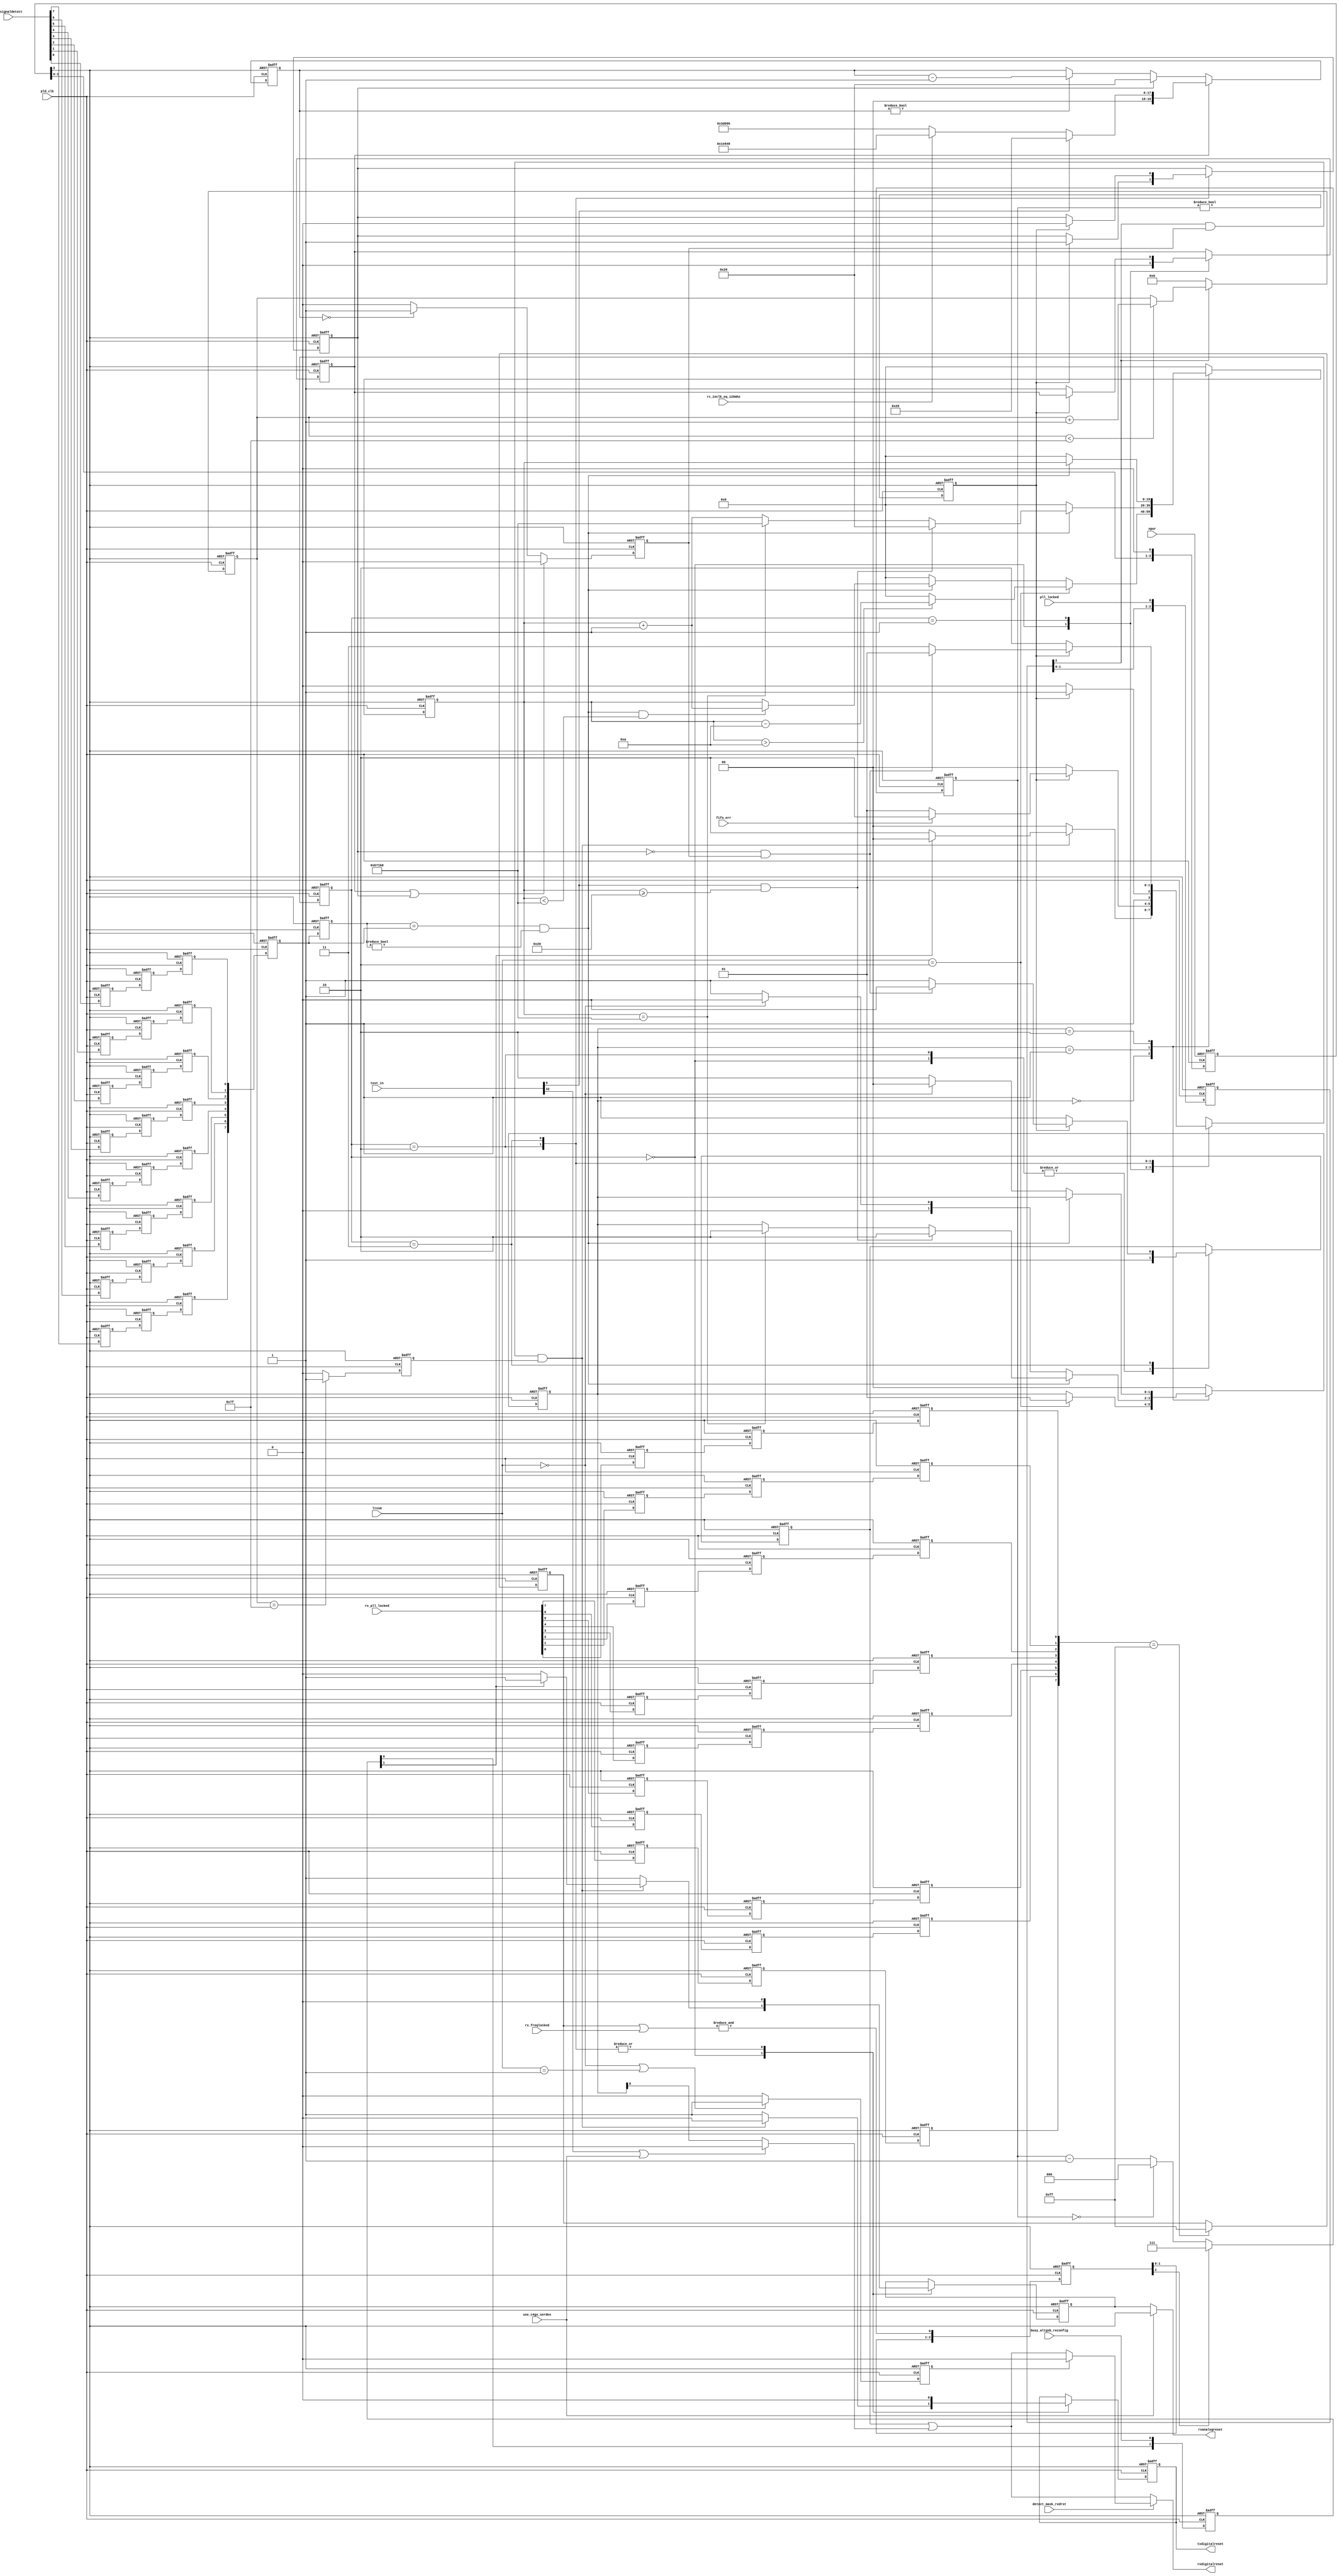
// (C) 2001-2014 Altera Corporation. All rights reserved.
// Your use of Altera Corporation's design tools, logic functions and other 
// software and tools, and its AMPP partner logic functions, and any output 
// files any of the foregoing (including device programming or simulation 
// files), and any associated documentation or information are expressly subject 
// to the terms and conditions of the Altera Program License Subscription 
// Agreement, Altera MegaCore Function License Agreement, or other applicable 
// license agreement, including, without limitation, that your use is for the 
// sole purpose of programming logic devices manufactured by Altera and sold by 
// Altera or its authorized distributors.  Please refer to the applicable 
// agreement for further details.


//Copyright (C) 1991-2010 Altera Corporation
//Your use of Altera Corporation's design tools, logic functions
//and other software and tools, and its AMPP partner logic
//functions, and any output files from any of the foregoing
//(including device programming or simulation files), and any
//associated documentation or information are expressly subject
//to the terms and conditions of the Altera Program License
//Subscription Agreement, Altera MegaCore Function License
//Agreement, or other applicable license agreement, including,
//without limitation, that your use is for the sole purpose of
//programming logic devices manufactured by Altera and sold by
//Altera or its authorized distributors.  Please refer to the
//applicable agreement for further details.
//
//
//synopsys translate_off
`timescale 1 ps / 1 ps
//synopsys translate_on

module altpcie_rs_serdes (
   input pld_clk,
   input [39:0]   test_in,
   input [4:0]    ltssm,
   input npor,
   input pll_locked,
   input busy_altgxb_reconfig,
   input [7:0] rx_pll_locked,
   input [7:0] rx_freqlocked,
   input [7:0] rx_signaldetect,
   input use_c4gx_serdes,
   input fifo_err,
   input rc_inclk_eq_125mhz,
   input detect_mask_rxdrst,

   output txdigitalreset,
   output rxanalogreset,
   output rxdigitalreset
);

   localparam [19:0] WS_SIM = 20'h00020;
   localparam [19:0] WS_1MS_10000 = 20'h186a0;
   localparam [19:0] WS_1MS_12500 = 20'h1e848;
   localparam [19:0] WS_1MS_15625 = 20'h2625a;
   localparam [19:0] WS_1MS_25000 = 20'h3d090;

   localparam [1:0] STROBE_TXPLL_LOCKED_SD_CNT = 2'b00;
   localparam [1:0] IDLE_ST_CNT                = 2'b01;
   localparam [1:0] STABLE_TX_PLL_ST_CNT       = 2'b10;
   localparam [1:0] WAIT_STATE_ST_CNT          = 2'b11;

   localparam [1:0] IDLE_ST_SD = 2'b00;
   localparam [1:0] RSET_ST_SD = 2'b01;
   localparam [1:0] DONE_ST_SD = 2'b10;
   localparam [1:0] DFLT_ST_SD = 2'b11;

   localparam [4:0] LTSSM_POL = 5'b00010;
   localparam [4:0] LTSSM_DET = 5'b00000;

   genvar i;

   // Reset
   wire arst;
   reg [2:0] arst_r;

   // Test
   wire test_sim;             // When 1 simulation mode
   wire test_cbb_compliance;  // When 1 DUT is under PCIe Compliance board test mode

   (* syn_encoding = "user" *) reg  [1:0] serdes_rst_state;
   reg [19:0] waitstate_timer;

   reg txdigitalreset_r;
   reg rxanalogreset_r;
   reg rxdigitalreset_r;
   reg ws_tmr_eq_0;
   reg ld_ws_tmr;
   reg ld_ws_tmr_short;
   wire rx_pll_freq_locked;
   reg [7:0] rx_pll_locked_sync_r;
   reg [2:0] rx_pll_freq_locked_cnt  ;
   reg       rx_pll_freq_locked_sync_r  ;
   reg [1:0] busy_altgxb_reconfig_r;
   wire pll_locked_sync;
   reg [2:0] pll_locked_r;
   reg [6:0] pll_locked_cnt;
   reg       pll_locked_stable;

   wire rx_pll_freq_locked_sync;
   reg [2:0] rx_pll_freq_locked_r;

   wire [7:0] rx_pll_locked_sync;
   reg  [7:0] rx_pll_locked_r;
   reg  [7:0] rx_pll_locked_rr;
   reg  [7:0] rx_pll_locked_rrr;

   wire [7:0] rx_signaldetect_sync;
   reg  [7:0] rx_signaldetect_r;
   reg  [7:0] rx_signaldetect_rr;
   reg  [7:0] rx_signaldetect_rrr;

   reg ltssm_detect; // when 1 , the LTSSM is in detect state

   reg [7:0] rx_sd_strb0;
   reg [7:0] rx_sd_strb1;
   wire stable_sd;
   wire rst_rxpcs_sd;
   (* syn_encoding = "user" *) reg [1:0]    sd_state; //State machine for rx_signaldetect strobing;
   reg [ 19: 0] rx_sd_idl_cnt;

   assign test_sim            =test_in[0];
   assign test_cbb_compliance =test_in[32];

   // SERDES reset outputs
   assign txdigitalreset = txdigitalreset_r ;
   assign rxanalogreset  = (use_c4gx_serdes==1'b1)?arst:rxanalogreset_r  ;
   assign rxdigitalreset = (detect_mask_rxdrst==1'b0)?rxdigitalreset_r|rst_rxpcs_sd:(ltssm_detect==1'b1)?1'b0:rxdigitalreset_r | rst_rxpcs_sd;

   //npor Reset Synchronizer on pld_clk
   always @(posedge pld_clk or negedge npor) begin
      if (npor == 1'b0) begin
         arst_r[2:0] <= 3'b111;
      end
      else begin
         arst_r[2:0] <= {arst_r[1],arst_r[0],1'b0};
      end
   end
   assign arst = arst_r[2];

   // Synchronize pll_lock,rx_pll_freq_locked to pld_clk
   // using 3 level sync circuit
   assign rx_pll_freq_locked = &(rx_pll_locked_sync_r[7:0] | rx_freqlocked[7:0] );
   always @(posedge pld_clk or posedge arst) begin
      if (arst == 1'b1) begin
         pll_locked_r[2:0]          <= 3'b000;
         rx_pll_freq_locked_r[2:0]  <= 3'b000;
      end
      else begin
         pll_locked_r[2:0]          <= {pll_locked_r[1],pll_locked_r[0],pll_locked};
         rx_pll_freq_locked_r[2:0]  <= {rx_pll_freq_locked_r[1],rx_pll_freq_locked_r[0],rx_pll_freq_locked};
      end
   end
   assign pll_locked_sync           = pll_locked_r[2];
   assign rx_pll_freq_locked_sync   = rx_pll_freq_locked_r[2];

   // Synchronize rx_pll_locked[7:0],rx_signaldetect[7:0] to pld_clk
   // using 3 level sync circuit
   generate
      for (i=0;i<8;i=i+1) begin : g_rx_pll_locked_sync
         always @(posedge pld_clk or posedge arst) begin
            if (arst == 1'b1) begin
               rx_pll_locked_r[i]      <= 1'b0;
               rx_pll_locked_rr[i]     <= 1'b0;
               rx_pll_locked_rrr[i]    <= 1'b0;

               rx_signaldetect_r[i]    <= 1'b0;
               rx_signaldetect_rr[i]   <= 1'b0;
               rx_signaldetect_rrr[i]  <= 1'b0;
            end
            else begin
               rx_pll_locked_r[i]      <= rx_pll_locked[i];
               rx_pll_locked_rr[i]     <= rx_pll_locked_r[i];
               rx_pll_locked_rrr[i]    <= rx_pll_locked_rr[i];

               rx_signaldetect_r[i]    <= rx_signaldetect[i];
               rx_signaldetect_rr[i]   <= rx_signaldetect_r[i];
               rx_signaldetect_rrr[i]  <= rx_signaldetect_rr[i];
            end
         end
         assign rx_pll_locked_sync[i]   = rx_pll_locked_rrr[i];
         assign rx_signaldetect_sync[i] = rx_signaldetect_rrr[i];
      end
   endgenerate

   always @(posedge pld_clk or posedge arst)
   begin
      if (arst == 1'b1) begin
         txdigitalreset_r              <= 1'b1 ;
         rxanalogreset_r               <= 1'b1 ;
         rxdigitalreset_r              <= 1'b1 ;
         waitstate_timer               <= 20'hFFFFF ;
         serdes_rst_state              <= STROBE_TXPLL_LOCKED_SD_CNT ;
         ws_tmr_eq_0                   <= 1'b0 ;
         ld_ws_tmr                     <= 1'b1 ;
         ld_ws_tmr_short               <= 1'b0 ;
         rx_pll_freq_locked_cnt        <= 3'h0;
         rx_pll_freq_locked_sync_r     <= 1'b0;
         rx_pll_locked_sync_r          <= 8'h00;
         busy_altgxb_reconfig_r[1:0]   <= 2'b11;
         pll_locked_cnt                <= 7'h0;
         pll_locked_stable             <= 1'b0;
         ltssm_detect                  <= 1'b1;
      end
      else begin
         if ((ltssm==5'h0)||(ltssm==5'h1)) begin
            ltssm_detect    <= 1'b1;
         end
         else begin
            ltssm_detect    <= 1'b0;
         end
         if ( rx_pll_locked_sync[7:0]==8'hFF ) begin
            rx_pll_locked_sync_r   <= 8'hFF;
         end
         // add hysteresis for losing lock
         if (rx_pll_freq_locked_sync == 1'b1) begin
           rx_pll_freq_locked_cnt <= 3'h7;
         end
         else if (rx_pll_freq_locked_cnt == 3'h0) begin
           rx_pll_freq_locked_cnt <= 3'h0;
         end
         else if (rx_pll_freq_locked_sync == 1'b0) begin
           rx_pll_freq_locked_cnt <= rx_pll_freq_locked_cnt - 3'h1;
         end
         rx_pll_freq_locked_sync_r <= (rx_pll_freq_locked_cnt != 3'h0);
         busy_altgxb_reconfig_r[1] <= busy_altgxb_reconfig_r[0];
         busy_altgxb_reconfig_r[0] <= busy_altgxb_reconfig;

         if (pll_locked_sync==1'b0) begin
            pll_locked_cnt <= 7'h0;
         end
         else if (pll_locked_cnt < 7'h7F) begin
            pll_locked_cnt <= pll_locked_cnt+7'h1;
         end
         pll_locked_stable <= (pll_locked_cnt==7'h7F)?1'b1:1'b0;

         if (ld_ws_tmr == 1'b1) begin
            if (test_sim == 1'b1) begin
               waitstate_timer <= WS_SIM ;
            end
            else if (rc_inclk_eq_125mhz == 1'b1) begin
              waitstate_timer <= WS_1MS_12500 ;
            end
            else begin
              waitstate_timer <= WS_1MS_25000 ;
            end
         end
         else if (ld_ws_tmr_short == 1'b1) begin
            waitstate_timer <= WS_SIM ;
         end
         else if (waitstate_timer != 20'h00000) begin
            waitstate_timer <= waitstate_timer - 20'h1 ;
         end

         if (ld_ws_tmr == 1'b1 | ld_ws_tmr_short) begin
            ws_tmr_eq_0 <= 1'b0 ;
         end
         else if (waitstate_timer == 20'h00000) begin
            ws_tmr_eq_0 <= 1'b1 ;
         end
         else begin
            ws_tmr_eq_0 <= 1'b0 ;
         end

         case (serdes_rst_state)
            STROBE_TXPLL_LOCKED_SD_CNT : begin
               ld_ws_tmr <= 1'b0 ;
               if ((pll_locked_sync == 1'b1) && (ws_tmr_eq_0 == 1'b1) && (pll_locked_stable==1'b1)) begin
                  serdes_rst_state      <= (busy_altgxb_reconfig_r[1]==1'b1)?STROBE_TXPLL_LOCKED_SD_CNT:STABLE_TX_PLL_ST_CNT ;
                  txdigitalreset_r <= 1'b0 ;
                  rxanalogreset_r  <= (busy_altgxb_reconfig_r[1]==1'b1)?1'b1:1'b0;
                  rxdigitalreset_r <= 1'b1 ;
               end
               else begin
                  serdes_rst_state      <= STROBE_TXPLL_LOCKED_SD_CNT ;
                  txdigitalreset_r <= 1'b1 ;
                  rxanalogreset_r  <= 1'b1 ;
                  rxdigitalreset_r <= 1'b1 ;
               end
            end
            IDLE_ST_CNT : begin
               if (rx_pll_freq_locked_sync_r == 1'b1) begin
                  if (fifo_err == 1'b1) begin
                     serdes_rst_state <= STABLE_TX_PLL_ST_CNT ;
                  end
                  else begin
                     serdes_rst_state <= IDLE_ST_CNT ;
                  end
               end
               else begin
                  serdes_rst_state <= STROBE_TXPLL_LOCKED_SD_CNT ;
                  ld_ws_tmr   <= 1'b1 ;
               end
            end
            STABLE_TX_PLL_ST_CNT : begin
               if (rx_pll_freq_locked_sync_r == 1'b1) begin
                  serdes_rst_state      <= WAIT_STATE_ST_CNT ;
                  txdigitalreset_r <= 1'b0 ;
                  rxanalogreset_r  <= 1'b0 ;
                  rxdigitalreset_r <= 1'b1 ;
                  ld_ws_tmr_short  <= 1'b1 ;
               end
               else begin
                  serdes_rst_state <= STABLE_TX_PLL_ST_CNT ;
                  txdigitalreset_r <= 1'b0 ;
                  rxanalogreset_r  <= 1'b0 ;
                  rxdigitalreset_r <= 1'b1 ;
               end
            end
            WAIT_STATE_ST_CNT : begin
               if (rx_pll_freq_locked_sync_r == 1'b1) begin
                  ld_ws_tmr_short <= 1'b0 ;
                  if (ld_ws_tmr_short == 1'b0 & ws_tmr_eq_0 == 1'b1) begin
                     serdes_rst_state <= IDLE_ST_CNT ;
                     txdigitalreset_r <= 1'b0 ;
                     rxanalogreset_r  <= 1'b0 ;
                     rxdigitalreset_r <= 1'b0 ;
                  end
                  else begin
                     serdes_rst_state <= WAIT_STATE_ST_CNT ;
                     txdigitalreset_r <= 1'b0 ;
                     rxanalogreset_r  <= 1'b0 ;
                     rxdigitalreset_r <= 1'b1 ;
                  end
               end
               else begin
                  serdes_rst_state <= STABLE_TX_PLL_ST_CNT ;
                  txdigitalreset_r <= 1'b0 ;
                  rxanalogreset_r  <= 1'b0 ;
                  rxdigitalreset_r <= 1'b1 ;
               end
            end
            default : begin
               serdes_rst_state  <= STROBE_TXPLL_LOCKED_SD_CNT ;
               waitstate_timer   <= 20'hFFFFF ;
            end
         endcase
      end
   end

////////////////////////////////////////////////////////////////
//
// Signal detect logic use suffix/prefix _sd
//

// rx_signaldetect strobing (stable_sd)
   assign rst_rxpcs_sd = ((test_cbb_compliance==1'b1)||(use_c4gx_serdes==1'b1))?1'b0:sd_state[0];
   always @(posedge pld_clk or posedge arst) begin
      if (arst == 1'b1) begin
         rx_sd_strb0[7:0] <= 8'h00;
         rx_sd_strb1[7:0] <= 8'h00;
      end
      else begin
         rx_sd_strb0[7:0] <= rx_signaldetect_sync[7:0];
         rx_sd_strb1[7:0] <= rx_sd_strb0[7:0];
      end
   end
   assign stable_sd = (rx_sd_strb1[7:0] == rx_sd_strb0[7:0]) & (rx_sd_strb1[7:0] != 8'h00);

   //signal detect based reset logic
   always @(posedge pld_clk or posedge arst) begin
      if (arst == 1'b1) begin
         rx_sd_idl_cnt  <= 20'h0;
         sd_state    <= IDLE_ST_SD;
      end
      else begin
         case (sd_state)

            IDLE_ST_SD: begin
               //reset RXPCS on polling.active
               if (ltssm == LTSSM_POL) begin
                   rx_sd_idl_cnt <= (rx_sd_idl_cnt > 20'd10) ? rx_sd_idl_cnt - 20'd10 : 20'h0;
                   sd_state   <= RSET_ST_SD;
               end
               else begin //Incoming signal unstable, clear counter
                  if (stable_sd == 1'b0) begin
                     rx_sd_idl_cnt <= 20'h0;
                  end
                  else if ((stable_sd == 1'b1) & (rx_sd_idl_cnt < 20'd750000)) begin
                     rx_sd_idl_cnt <= rx_sd_idl_cnt + 20'h1;
                  end
               end
            end

            RSET_ST_SD: begin
               //Incoming data unstable, back to IDLE_ST_SD iff in detect
               if (stable_sd == 1'b0) begin
                   rx_sd_idl_cnt <= 20'h0;
                   sd_state   <= (ltssm == LTSSM_DET) ? IDLE_ST_SD : RSET_ST_SD;
               end
               else begin
                  if ((test_sim == 1'b1) & (rx_sd_idl_cnt >= 20'd32)) begin
                      rx_sd_idl_cnt <= 20'd32;
                      sd_state   <= DONE_ST_SD;
                  end
                  else begin
                     if (rx_sd_idl_cnt == 20'd750000) begin
                        rx_sd_idl_cnt  <= 20'd750000;
                        sd_state    <= DONE_ST_SD;
                     end
                     else if (stable_sd == 1'b1) begin
                        rx_sd_idl_cnt <= rx_sd_idl_cnt + 20'h1;
                     end
                  end
               end
            end

            DONE_ST_SD: begin
               //Incoming data unstable, back to IDLE_ST_SD iff in detect
               if (stable_sd == 1'b0) begin
                   rx_sd_idl_cnt <= 20'h0;
                   sd_state   <= (ltssm == LTSSM_DET) ? IDLE_ST_SD : DONE_ST_SD;
               end
            end

            default: begin
               rx_sd_idl_cnt  <= 20'h0;
               sd_state    <= IDLE_ST_SD;
            end

         endcase
      end
   end

endmodule